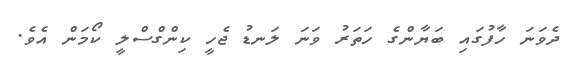
ދެވަނަ ހާފުގައި ބަޔާންގެ ހަތަރު ވަނަ ލަނޑު ޖެހީ ކިންގްސްލީ ކޯމަން އެވެ.